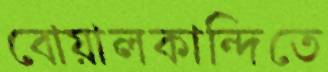
বোয়ালকান্দিতে